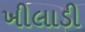
ખીલાડી